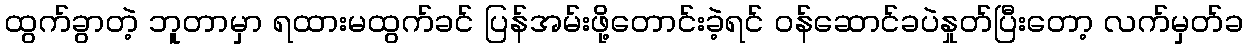
ထွက်ခွာတဲ့ ဘူတာမှာ ရထားမထွက်ခင် ပြန်အမ်းဖို့တောင်းခဲ့ရင် ဝန်ဆောင်ခပဲနှုတ်ပြီးတော့ လက်မှတ်ခ